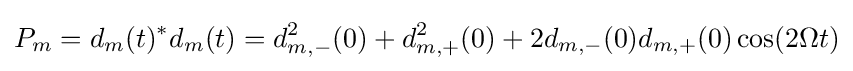
P_{m}=d_{m}(t)^{*}d_{m}(t)=d_{m,-}^{2}(0)+d_{m,+}^{2}(0)+2d_{m,-}(0)d_{m,+}(0)\cos(2\Omega t)